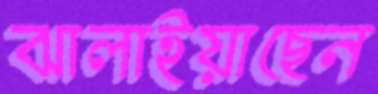
ঝালাইয়াছেন